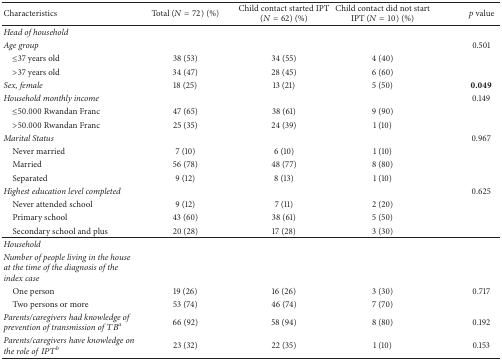
<table><thead><tr><td><b>Characteristics</b></td><td><b>Total (<i>N</i> = 72) (%)</b></td><td><b>Child contact started IPT (<i>N</i> = 62) (%)</b></td><td><b>Child contact did not start IPT (<i>N</i> = 10) (%)</b></td><td><b><i>p</i> value</b></td></tr></thead><tbody><tr><td><i>Head of household</i></td><td> </td><td> </td><td> </td><td> </td></tr><tr><td><i>Age group</i></td><td> </td><td> </td><td> </td><td>0.501</td></tr><tr><td> ≤37 years old</td><td>38 (53)</td><td>34 (55)</td><td>4 (40)</td><td> </td></tr><tr><td> &gt;37 years old</td><td>34 (47)</td><td>28 (45)</td><td>6 (60)</td><td> </td></tr><tr><td><i>Sex, female</i></td><td>18 (25)</td><td>13 (21)</td><td>5 (50)</td><td><b>0.049</b></td></tr><tr><td><i>Household monthly income</i></td><td> </td><td> </td><td> </td><td>0.149</td></tr><tr><td> ≤50.000 Rwandan Franc</td><td>47 (65)</td><td>38 (61)</td><td>9 (90)</td><td> </td></tr><tr><td> &gt;50.000 Rwandan Franc</td><td>25 (35)</td><td>24 (39)</td><td>1 (10)</td><td> </td></tr><tr><td><i>Marital Status</i></td><td> </td><td> </td><td> </td><td>0.967</td></tr><tr><td> Never married</td><td>7 (10)</td><td>6 (10)</td><td>1 (10)</td><td> </td></tr><tr><td> Married</td><td>56 (78)</td><td>48 (77)</td><td>8 (80)</td><td> </td></tr><tr><td> Separated</td><td>9 (12)</td><td>8 (13)</td><td>1 (10)</td><td> </td></tr><tr><td><i>Highest education level completed </i></td><td> </td><td> </td><td> </td><td>0.625</td></tr><tr><td> Never attended school</td><td>9 (12)</td><td>7 (11)</td><td>2 (20)</td><td> </td></tr><tr><td> Primary school</td><td>43 (60)</td><td>38 (61)</td><td>5 (50)</td><td> </td></tr><tr><td> Secondary school and plus</td><td>20 (28)</td><td>17 (28)</td><td>3 (30)</td><td> </td></tr><tr><td><i>Household</i></td><td> </td><td> </td><td> </td><td> </td></tr><tr><td><i>Number of people living in the house at the time of the diagnosis of the index case</i></td><td> </td><td> </td><td> </td><td> </td></tr><tr><td> One person</td><td>19 (26)</td><td>16 (26)</td><td>3 (30)</td><td>0.717</td></tr><tr><td> Two persons or more</td><td>53 (74)</td><td>46 (74)</td><td>7 (70)</td><td> </td></tr><tr><td><i>Parents/caregivers had knowledge of prevention of transmission of TB</i><sup><i>a</i></sup></td><td>66 (92)</td><td>58 (94)</td><td>8 (80)</td><td>0.192</td></tr><tr><td><i>Parents/caregivers have knowledge on the role of IPT</i><sup><i>b</i></sup></td><td>23 (32)</td><td>22 (35)</td><td>1 (10)</td><td>0.153</td></tr></tbody></table>